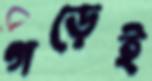
গড়েই